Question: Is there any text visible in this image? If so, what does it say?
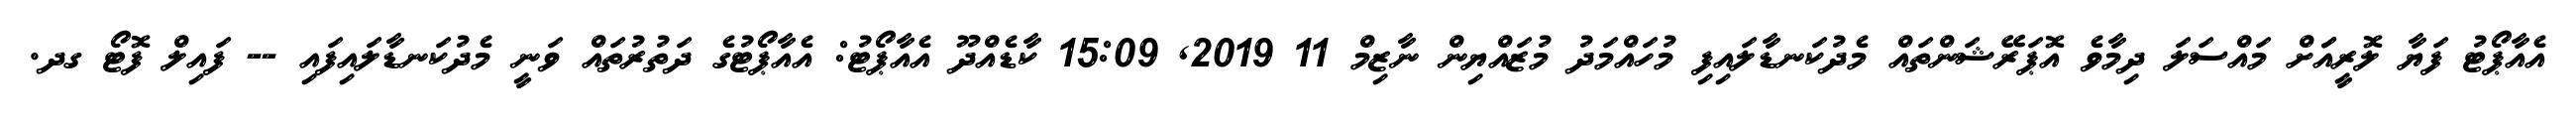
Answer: އެއާޕޯޓު ފަޔާ ލޮރީއަަށް މައްސަލަ ދިމާވެ އޮޕަރޭޝަންތައް މެދުކަނޑާލައިފި މުހައްމަދު މުޒައްޔިން ނާޒިމް 11 2019, 15:09 ކާޑެއްދޫ އެއާޕޯޓު: އެއާޕޯޓުގެ ދަތުރުތައް ވަނީ މެދުކަނޑާލައިފައި -- ފައިލް ފޮޓޯ ގދ.